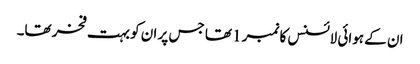
ان کے ہوائی لائسنس کا نمبر 1 تھا جس پر ان کو بہت فخر تھا۔